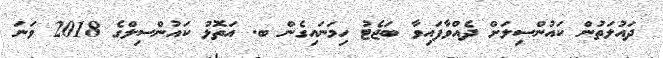
ދައުލަތުން ކައުންސިލަށް ދެއްވާފައިވާ ބަޖެޓު ހިމަނައިގެން ބ. އަތޮޅު ކައުންސިލްގެ 2018 ވަނަ